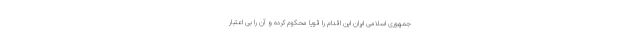
جمهوری اسلامی ایران این اقدام را قویا محکوم کرده و آن را بی‌ اعتبار